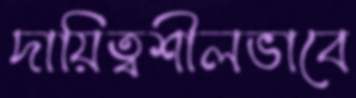
দায়িত্বশীলভাবে